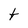
Character: t